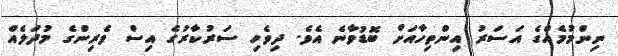
ނިންމުމެއްގެ އަސަރު އިންތިހާއަށް ބޮޑުވާނެ އެވެ. ދިވެހި ސަރުކާރުގެ އިސް ވެރިންގެ މުދަލެއް